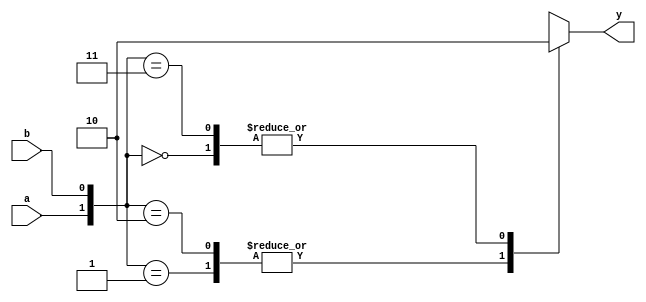
module xorgate(a,b,y);
  
  input a,b;
  output reg y;
  
  always @ (*)
    case({a,b})
      2'b00:y=0;
      2'b01:y=1;
      2'b10:y=1;
      2'b11:y=0;
    endcase
  
endmodule